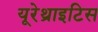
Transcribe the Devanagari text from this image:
यूरेथ्राइटिस